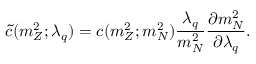
\tilde { c } ( m _ { Z } ^ { 2 } ; \lambda _ { q } ) = c ( m _ { Z } ^ { 2 } ; m _ { N } ^ { 2 } ) \frac { \lambda _ { q } } { m _ { N } ^ { 2 } } \frac { \partial m _ { N } ^ { 2 } } { \partial \lambda _ { q } } .